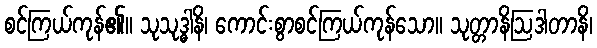
စင်ကြယ်ကုန်၏။ သုသုဒ္ဓါနိ၊ ကောင်းစွာစင်ကြယ်ကုန်သော။ သုတ္တာနိဩဒါတာနိ၊